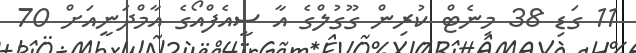
11 ގަޑި 38 މިނެޓް ކުރިން ގޫގުލްގެ އާ ސީއެފްއޯގެ އާމްދަނީއަށް 70